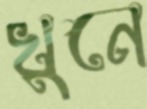
খুনে